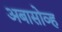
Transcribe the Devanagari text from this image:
अबासोव्ह